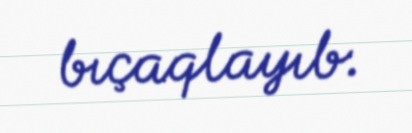
bıçaqlayıb.